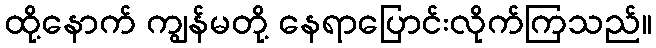
ထို့နောက် ကျွန်မတို့ နေရာပြောင်းလိုက်ကြသည်။